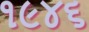
૧૯૪૬